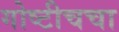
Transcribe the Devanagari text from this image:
गोष्टीचचा